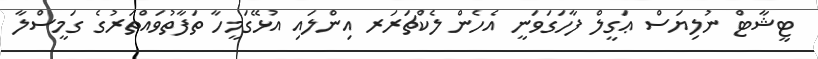
ޓީޝާޓް ނުލިޔަސް ޢަގީލް ފާހަގަވަނީ އެހެން ލެކްޗަރަރ އިންލައި އުޅޭގަމީހާ ތަފާތުވައްތަރުގެ ގަމީސްލާ